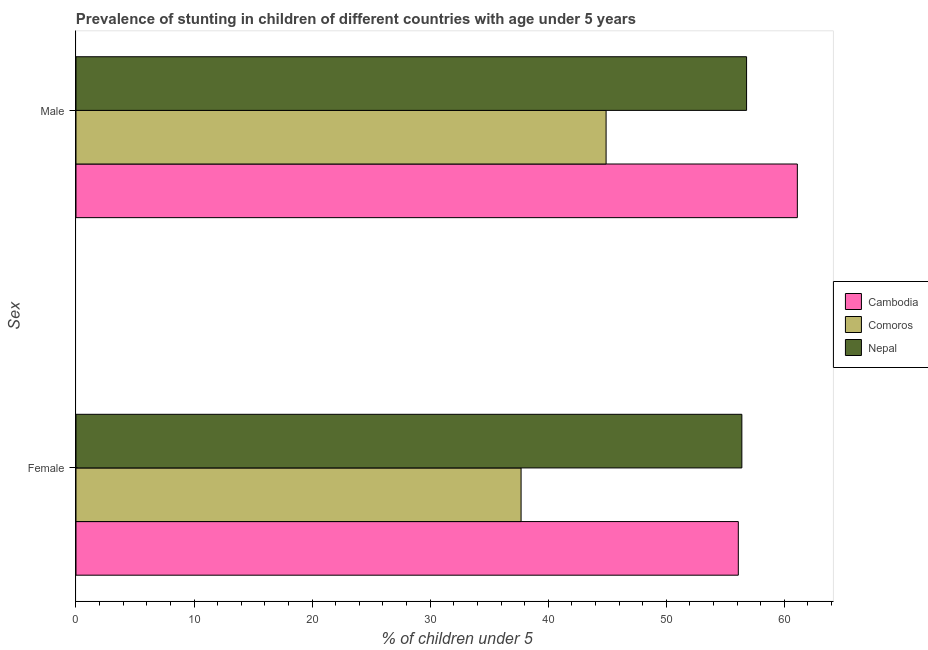
| Sex | Cambodia | Comoros | Nepal |
 | --- | --- | --- | --- |
 | Female | 56.1 | 37.7 | 56.4 |
 | Male | 61.1 | 44.9 | 56.8 |